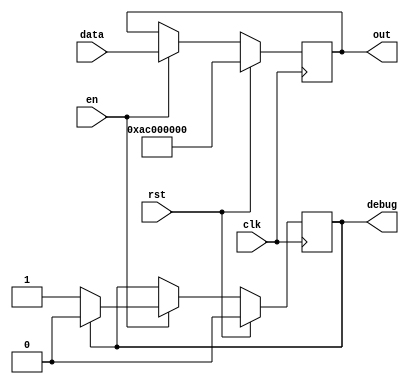
/*
   This file was generated automatically by the Mojo IDE version B1.3.5.
   Do not edit this file directly. Instead edit the original Lucid source.
   This is a temporary file and any changes made to it will be destroyed.
*/

/*
   Parameters:
     WIDTH = 36
*/
module pos_9 (
    input clk,
    input en,
    input rst,
    input [35:0] data,
    output reg [35:0] out,
    output reg debug
  );
  
  localparam WIDTH = 6'h24;
  
  
  reg debugg;
  
  reg [35:0] M_regs_d, M_regs_q = 36'h0ac000000;
  
  reg [0:0] M_debug1_d, M_debug1_q = 1'h0;
  
  always @* begin
    M_debug1_d = M_debug1_q;
    M_regs_d = M_regs_q;
    
    if (en == 1'h1) begin
      M_regs_d = data;
      if (M_debug1_q == 1'h0) begin
        M_debug1_d = 1'h1;
      end else begin
        M_debug1_d = 1'h0;
      end
    end else begin
      M_regs_d = M_regs_q;
    end
    out = M_regs_q;
    debug = M_debug1_q;
  end
  
  always @(posedge clk) begin
    if (rst == 1'b1) begin
      M_regs_q <= 36'h0ac000000;
    end else begin
      M_regs_q <= M_regs_d;
    end
  end
  
  
  always @(posedge clk) begin
    if (rst == 1'b1) begin
      M_debug1_q <= 1'h0;
    end else begin
      M_debug1_q <= M_debug1_d;
    end
  end
  
endmodule